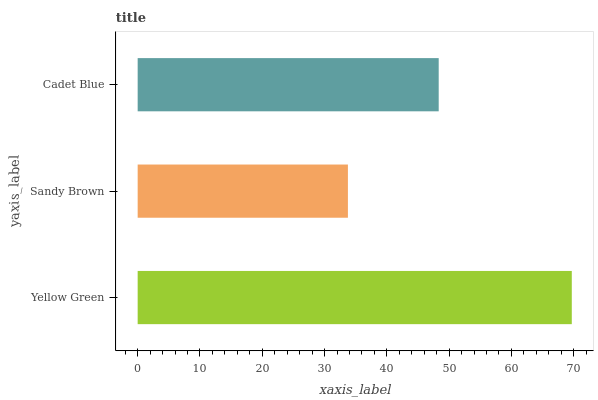
| yaxis_label | bars |
 | --- | --- |
 | Yellow Green | 69.7 |
 | Sandy Brown | 33.8 |
 | Cadet Blue | 48.3 |